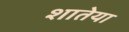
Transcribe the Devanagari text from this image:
शातेया